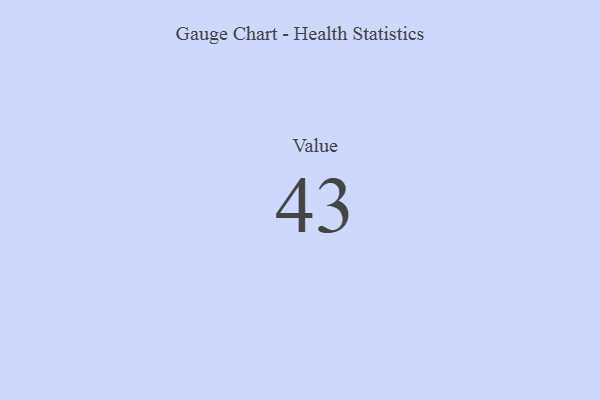
{"axis": {"x": "Metric", "y": "Value"}, "legend": [""], "data": [{"x": "Value", "y": 43, "type": ""}]}